Calcutta medical institutions reports 1879-81 [i.e.91]
Year: 1879
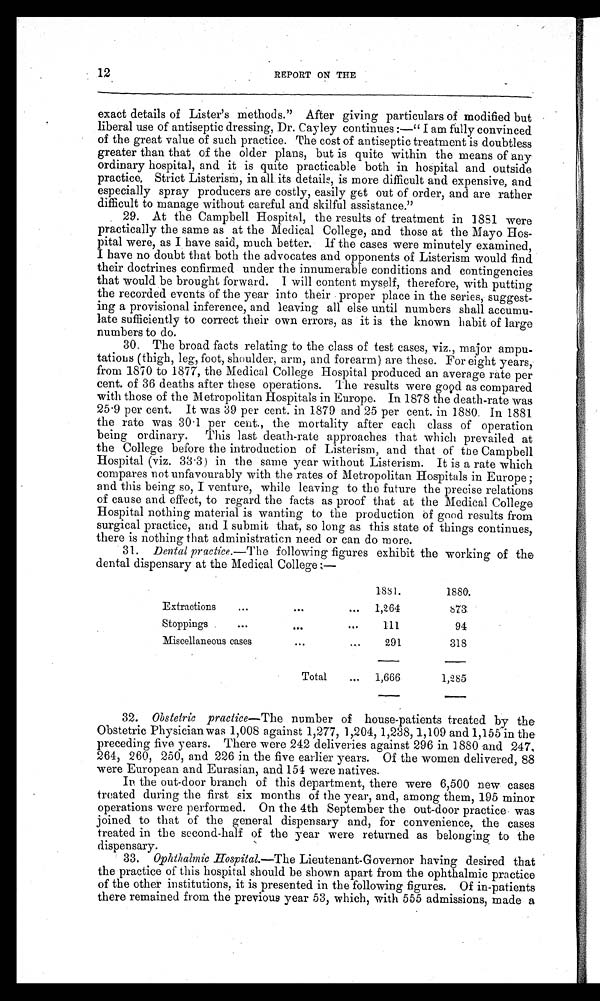
12
REPORT ON THE
exact details of Lister's methods." After giving particulars of modified but
liberal use of antiseptic dressing, Dr. Cayley continues:—"I am fully convinced
of the great value of such practice. The cost of antiseptic treatment is doubtless
greater than that of the older plans, but is quite within the means of any
ordinary hospital, and it is quite practicable both in hospital and outside
practice, Strict Listerism, in all its details, is more difficult and expensive, and
especially spray producers are costly, easily get out of order, and are rather
difficult to manage without careful and skilful assistance."
29. At the Campbell Hospital, the results of treatment in 1881 were
practically the same as at the Medical College, and those at the Mayo Hos-
pital were, as I have said, much better. If the cases were minutely examined,
I have no doubt that both the advocates and opponents of Listerism would find
their doctrines confirmed under the innumerable conditions and contingencies
that would be brought forward. I will content myself, therefore, with putting
the recorded events of the year into their proper place in the series, suggest-
ing a provisional inference, and leaving all else until numbers shall accumu-
late sufficiently to correct their own errors, as it is the known habit of large
numbers to do.
30. The broad facts relating to the class of test cases, viz., major ampu-
tations (thigh, leg, foot, shoulder, arm, and forearm) are these. For eight years,
from 1870 to 1877, the Medical College Hospital produced an average rate per
cent. of 36 deaths after these operations. The results were good as compared
with those of the Metropolitan Hospitals in Europe. In 1878 the death-rate was
25.9 per cent. It was 39 per cent. in 1879 and 25 per cent. in 1880. In 1881
t he r at e was 30. 1 per cent . , t he mor t al i t y af t er each cl ass of oper at i on
being ordinary. This last death-rate approaches that which prevailed at
the College before the introduction of Listerism, and that of the Campbell
Hospital (viz. 33.3) in the same year without Listerism. It is a rate which
compares not unfavourably with the rates of Metropolitan Hospitals in Europe;
and this being so, I venture, while leaving to the future the precise relations
of cause and effect, to regard the facts as proof that at the Medical College
Hospital nothing material is wanting to the production of good results from
surgical practice, and I submit that, so long as this state of things continues,
there is nothing that administration need or can do more.
31. Dental practice .—The following figures exhibit the working of the
dental dispensary at the Medical College:—
1881.
1880.
Extractions
1,264
8 7 3
Stoppings
111
94
Miscellaneous cases
291
318
Total
1,666
1,285
32. Obstetric practice—The number of house-patients treated by the
Obstetric Physician was 1,008 against 1,277, 1,204, 1,238, 1,109 and 1,155 in the
preceding five years. There were 242 deliveries against 296 in 1880 and 247,
264, 260, 250, and 226 in the five earlier years. Of the women delivered, 88
were European and Eurasian, and 154 were natives.
In the out-door branch of this department, there were 6,500 new cases
treated during the first six months of the year, and, among them, 195 minor
operations were performed. On the 4th September the out-door practice was
joined to that of the general dispensary and, for convenience, the cases
treated in the second-half of the year were returned as belonging to the
dispensary.
33. Ophthalmic Hospital.—The Lieutenant-Governor having desired that
the practice of this hospital should be shown apart from the ophthalmic practice
of the other institutions, it is presented in the following figures. Of in-patients
there remained from the previous year 53, which, with 555 admissions, made a